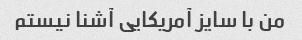
من با سایز آمریکایی آشنا نیستم